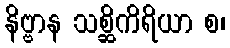
နိဗ္ဗာန သစ္ဆိကိရိယာ စ၊